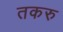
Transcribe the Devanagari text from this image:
तकरु